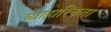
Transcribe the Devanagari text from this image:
व्याहारिकता